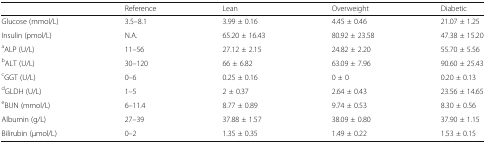
|  | Reference | Lean | Overweight | Diabetic |
 | --- | --- | --- | --- | --- |
 | Glucose (mmol/L) | 3.5–8.1 | 3.99 ± 0.16 | 4.45 ± 0.46 | 21.07 ± 1.25 |
 | Insulin (pmol/L) | N.A. | 65.20 ± 16.43 | 80.92 ± 23.58 | 47.38 ± 15.20 |
 | aALP (U/L) | 11–56 | 27.12 ± 2.15 | 24.82 ± 2.20 | 55.70 ± 5.56 |
 | bALT (U/L) | 30–120 | 66 ± 6.82 | 63.09 ± 7.96 | 90.60 ± 25.43 |
 | cGGT (U/L) | 0–6 | 0.25 ± 0.16 | 0 ± 0 | 0.20 ± 0.13 |
 | dGLDH (U/L) | 1–5 | 2 ± 0.37 | 2.64 ± 0.43 | 23.56 ± 14.65 |
 | eBUN (mmol/L) | 6–11.4 | 8.77 ± 0.89 | 9.74 ± 0.53 | 8.30 ± 0.56 |
 | Albumin (g/L) | 27–39 | 37.88 ± 1.57 | 38.09 ± 0.80 | 37.90 ± 1.15 |
 | Bilirubin (μmol/L) | 0–2 | 1.35 ± 0.35 | 1.49 ± 0.22 | 1.53 ± 0.15 |